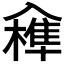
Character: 𠓼